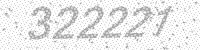
Solution: 322221